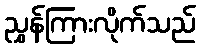
ညွှန်ကြားလိုက်သည်